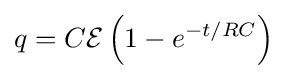
q=C{\mathcal {E}}\left(1-e^{-t/RC}\right)\,\!